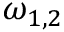
\omega _ { 1 , 2 }